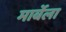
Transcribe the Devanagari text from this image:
मार्बेला